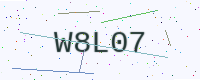
Text: W8L07